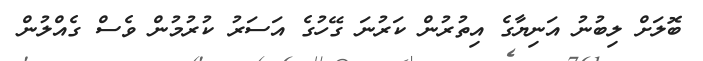
ބޮލަށް ލިބުނު އަނިޔާގެ އިތުރުން ކަރުނަ ގޭހުގެ އަސަރު ކުރުމުން ވެސް ގެއްލުން